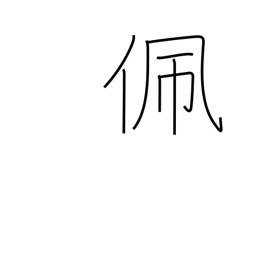
Meaning: put on (a sword)